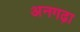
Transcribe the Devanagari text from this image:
अनगढ़ा